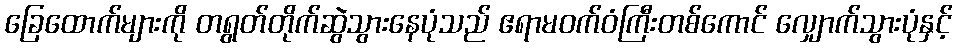
ခြေထောက်များကို တရွတ်တိုက်ဆွဲသွားနေပုံသည် ဧရာမဝက်ဝံကြီးတစ်ကောင် လျှောက်သွားပုံနှင့်